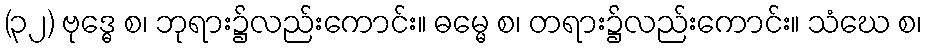
(၃၂) ဗုဒ္ဓေ စ၊ ဘုရား၌လည်းကောင်း။ ဓမ္မေ စ၊ တရား၌လည်းကောင်း။ သံဃေ စ၊